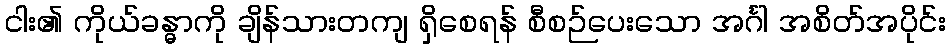
ငါး၏ ကိုယ်ခန္ဓာကို ချိန်သားတကျ ရှိစေရန် စီစဉ်ပေးသော အင်္ဂါ အစိတ်အပိုင်း